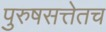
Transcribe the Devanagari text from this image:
पुरुषसत्तेतच